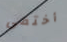
أختفى